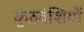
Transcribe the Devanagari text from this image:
कुरुवंशियों